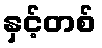
နှင့်တစ်